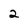
Character: 2